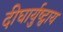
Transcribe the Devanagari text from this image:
दीघार्युष्ट्वाय